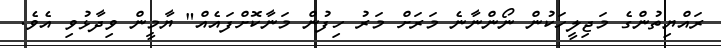
ރައްޔިތުންގެ މަޖިލީހަކުން ނޯންނާނެ މަރަށް މަރު ހިފުން މަނާކޮށްފައެއް" ޔާމީން ވިދާޅުވި އެވެ.